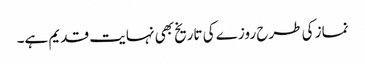
نماز کی طرح روزے کی تاریخ بھی نہایت قدیم ہے۔